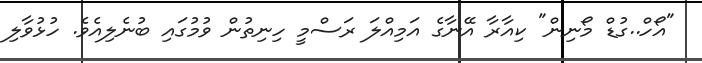
"އޯހް..ގުޑް މޯނިން" ކިއާރާ އޭނާގެ އަމިއްލަ ރަސްމީ ހިނިތުން ވުމުގައި ބުނެލިއެވެ. ހުޅުވާލި